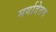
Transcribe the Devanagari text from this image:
मर्यादेतच